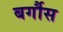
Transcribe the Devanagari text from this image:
बर्गौस